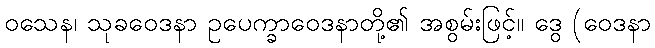
ဝသေန၊ သုခဝေဒနာ ဥပေက္ခာဝေဒနာတို့၏ အစွမ်းဖြင့်။ ဒွေ (ဝေဒနာ